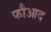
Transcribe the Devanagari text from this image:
फौआद